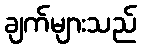
ချက်များသည်